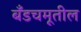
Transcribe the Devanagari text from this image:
बँडचमूतील